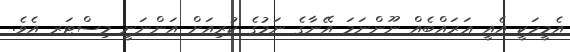
އެމީހަކީ އެއީ ޢަރައްބެއް ނޫންނަމަ އޭނާގެ ނަމުގެ ކުރިއަށް އަންނަނީ މިސްޓަރ އެވެ.